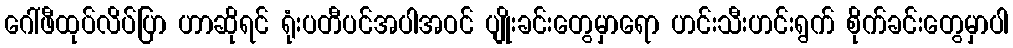
ဂေါ်ဖီထုပ်လိပ်ပြာ ဟာဆိုရင် ရုံးပတီပင်အပါအဝင် ပျိုးခင်းတွေမှာရော ဟင်းသီးဟင်းရွက် စိုက်ခင်းတွေမှာပါ